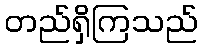
တည်ရှိကြသည်